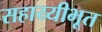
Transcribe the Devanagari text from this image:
सहाय्यीभूत